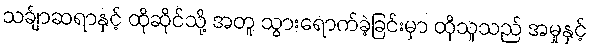
သင်္ချာဆရာနှင့် ထိုဆိုင်သို့ အတူ သွားရောက်ခဲ့ခြင်းမှာ ထိုသူသည် အမှုနှင့်